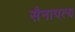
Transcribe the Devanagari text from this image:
सैनापत्य